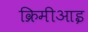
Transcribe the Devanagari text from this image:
क्रिमीआइ